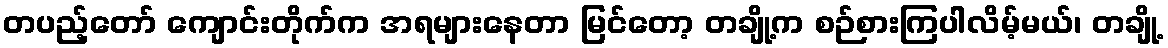
တပည့်တော် ကျောင်းတိုက်က အရများနေတာ မြင်တော့ တချို့က စဉ်စားကြပါလိမ့်မယ်၊ တချို့